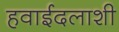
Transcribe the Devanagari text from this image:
हवाईदलाशी